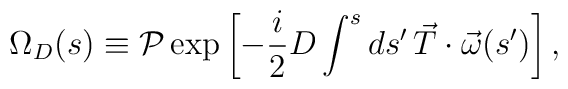
\Omega_D (s) \equiv  {\cal P} \exp \left[ -\frac{i}{2} D \int^s ds'\, \vec{T} \cdot \vec{\omega}(s') \right],